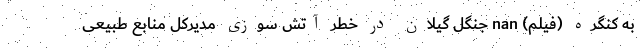
به کنگره (فیلم) nan جنگل گیلان در خطر آتش سوزی مدیرکل منابع طبیعی